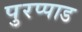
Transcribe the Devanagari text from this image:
पुरप्पाड